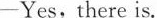
-Yes, there is.